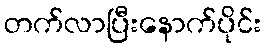
တက်လာပြီးနောက်ပိုင်း